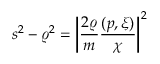
s ^ { 2 } - \varrho ^ { 2 } = \left| \frac { 2 \varrho } { m } \frac { ( p , \xi ) } { \chi } \right| ^ { 2 }